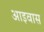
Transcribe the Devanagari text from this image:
आइवास